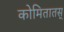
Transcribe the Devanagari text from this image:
कोमितातस्